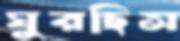
ঘুরছিস